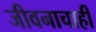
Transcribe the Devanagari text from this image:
जीवनाचाही